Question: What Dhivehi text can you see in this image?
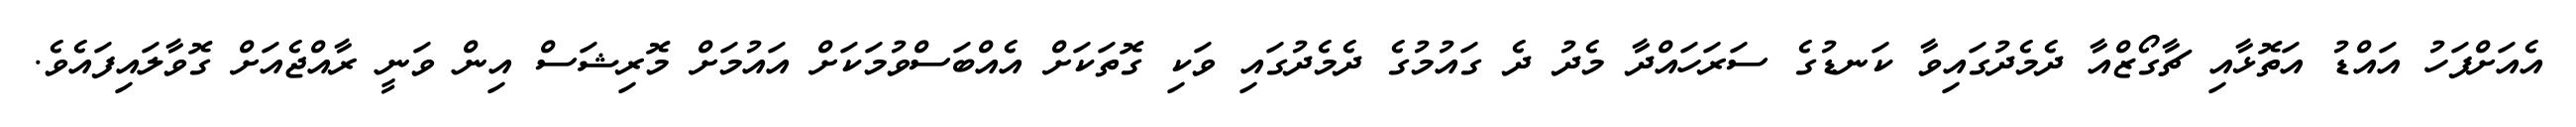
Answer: އެއަށްފަހު އައްޑު އަތޮޅާއި ޗާގޯޒްއާ ދެމެދުގައިވާ ކަނޑުގެ ސަރަހައްދާ މެދު ދެ ގައުމުގެ ދެމެދުގައި ވަކި ގޮތަކަށް އެއްބަސްވުމަކަށް އައުމަށް މޮރިޝަސް އިން ވަނީ ރާއްޖެއަށް ގޮވާލައިފައެވެ.